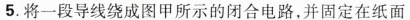
5. 将一段导线绕成图甲所示的闭合电路，并固定在纸面